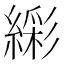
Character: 𬗹